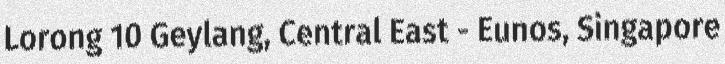
Lorong 10 Geylang, Central East - Eunos, Singapore